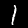
Digit: 1